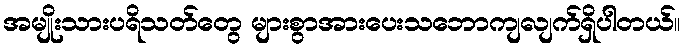
အမျိုးသားပရိသတ်တွေ များစွာအားပေးသဘောကျလျက်ရှိပါတယ်။